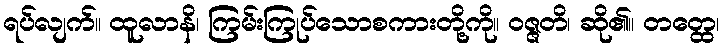
ရပ်လျက်။ ထူလာနိ၊ ကြမ်းကြုပ်သောစကားတို့ကို။ ဝဇ္ဇတိ၊ ဆို၏။ တတ္ထေ၊